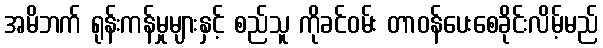
အမိဘက် ရုန်းကန်မှုများနှင့် စည်သူ ကိုခင်ဝမ်း တာဝန်ပေးစေခိုင်းလိမ့်မည်